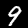
Label: 9